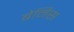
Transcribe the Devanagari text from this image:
बेर्निस